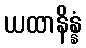
ယထာနိန္နံ